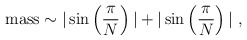
\begin{align*}\mbox{mass} \sim |\sin\left(\frac{\pi}{N}\right)| + |\sin\left(\frac{\pi}{N}\right)|~,\end{align*}